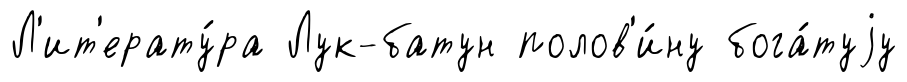
Л'ит'ерату́ра Лук-батун полов'и́ну бога́туjу